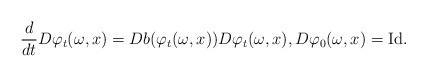
LaTeX: \begin{align*}\frac{d}{dt} D \varphi_t (\omega, x) = Db (\varphi_t (\omega,x)) D\varphi_t (\omega,x), D\varphi_0 (\omega,x) = \textrm{Id}.\end{align*}